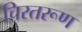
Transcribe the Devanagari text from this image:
चिरतरूण